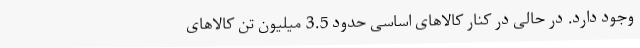
وجود دارد. در حالی در کنار کالاهای اساسی حدود 3.5 میلیون تن کالاهای